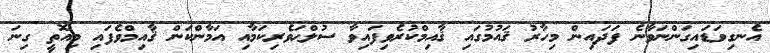
އެނގިވަޑައިގަންނަވާނެ ފަދައިން މިހާރު ޤައުމުގައި ޤާއިމްކުރެވިފައިވާ ސުލްޙަވެރިކަމާއި އަމާންކަން ޤާއިމްވެފައި މިއޮތީ ގިނަ